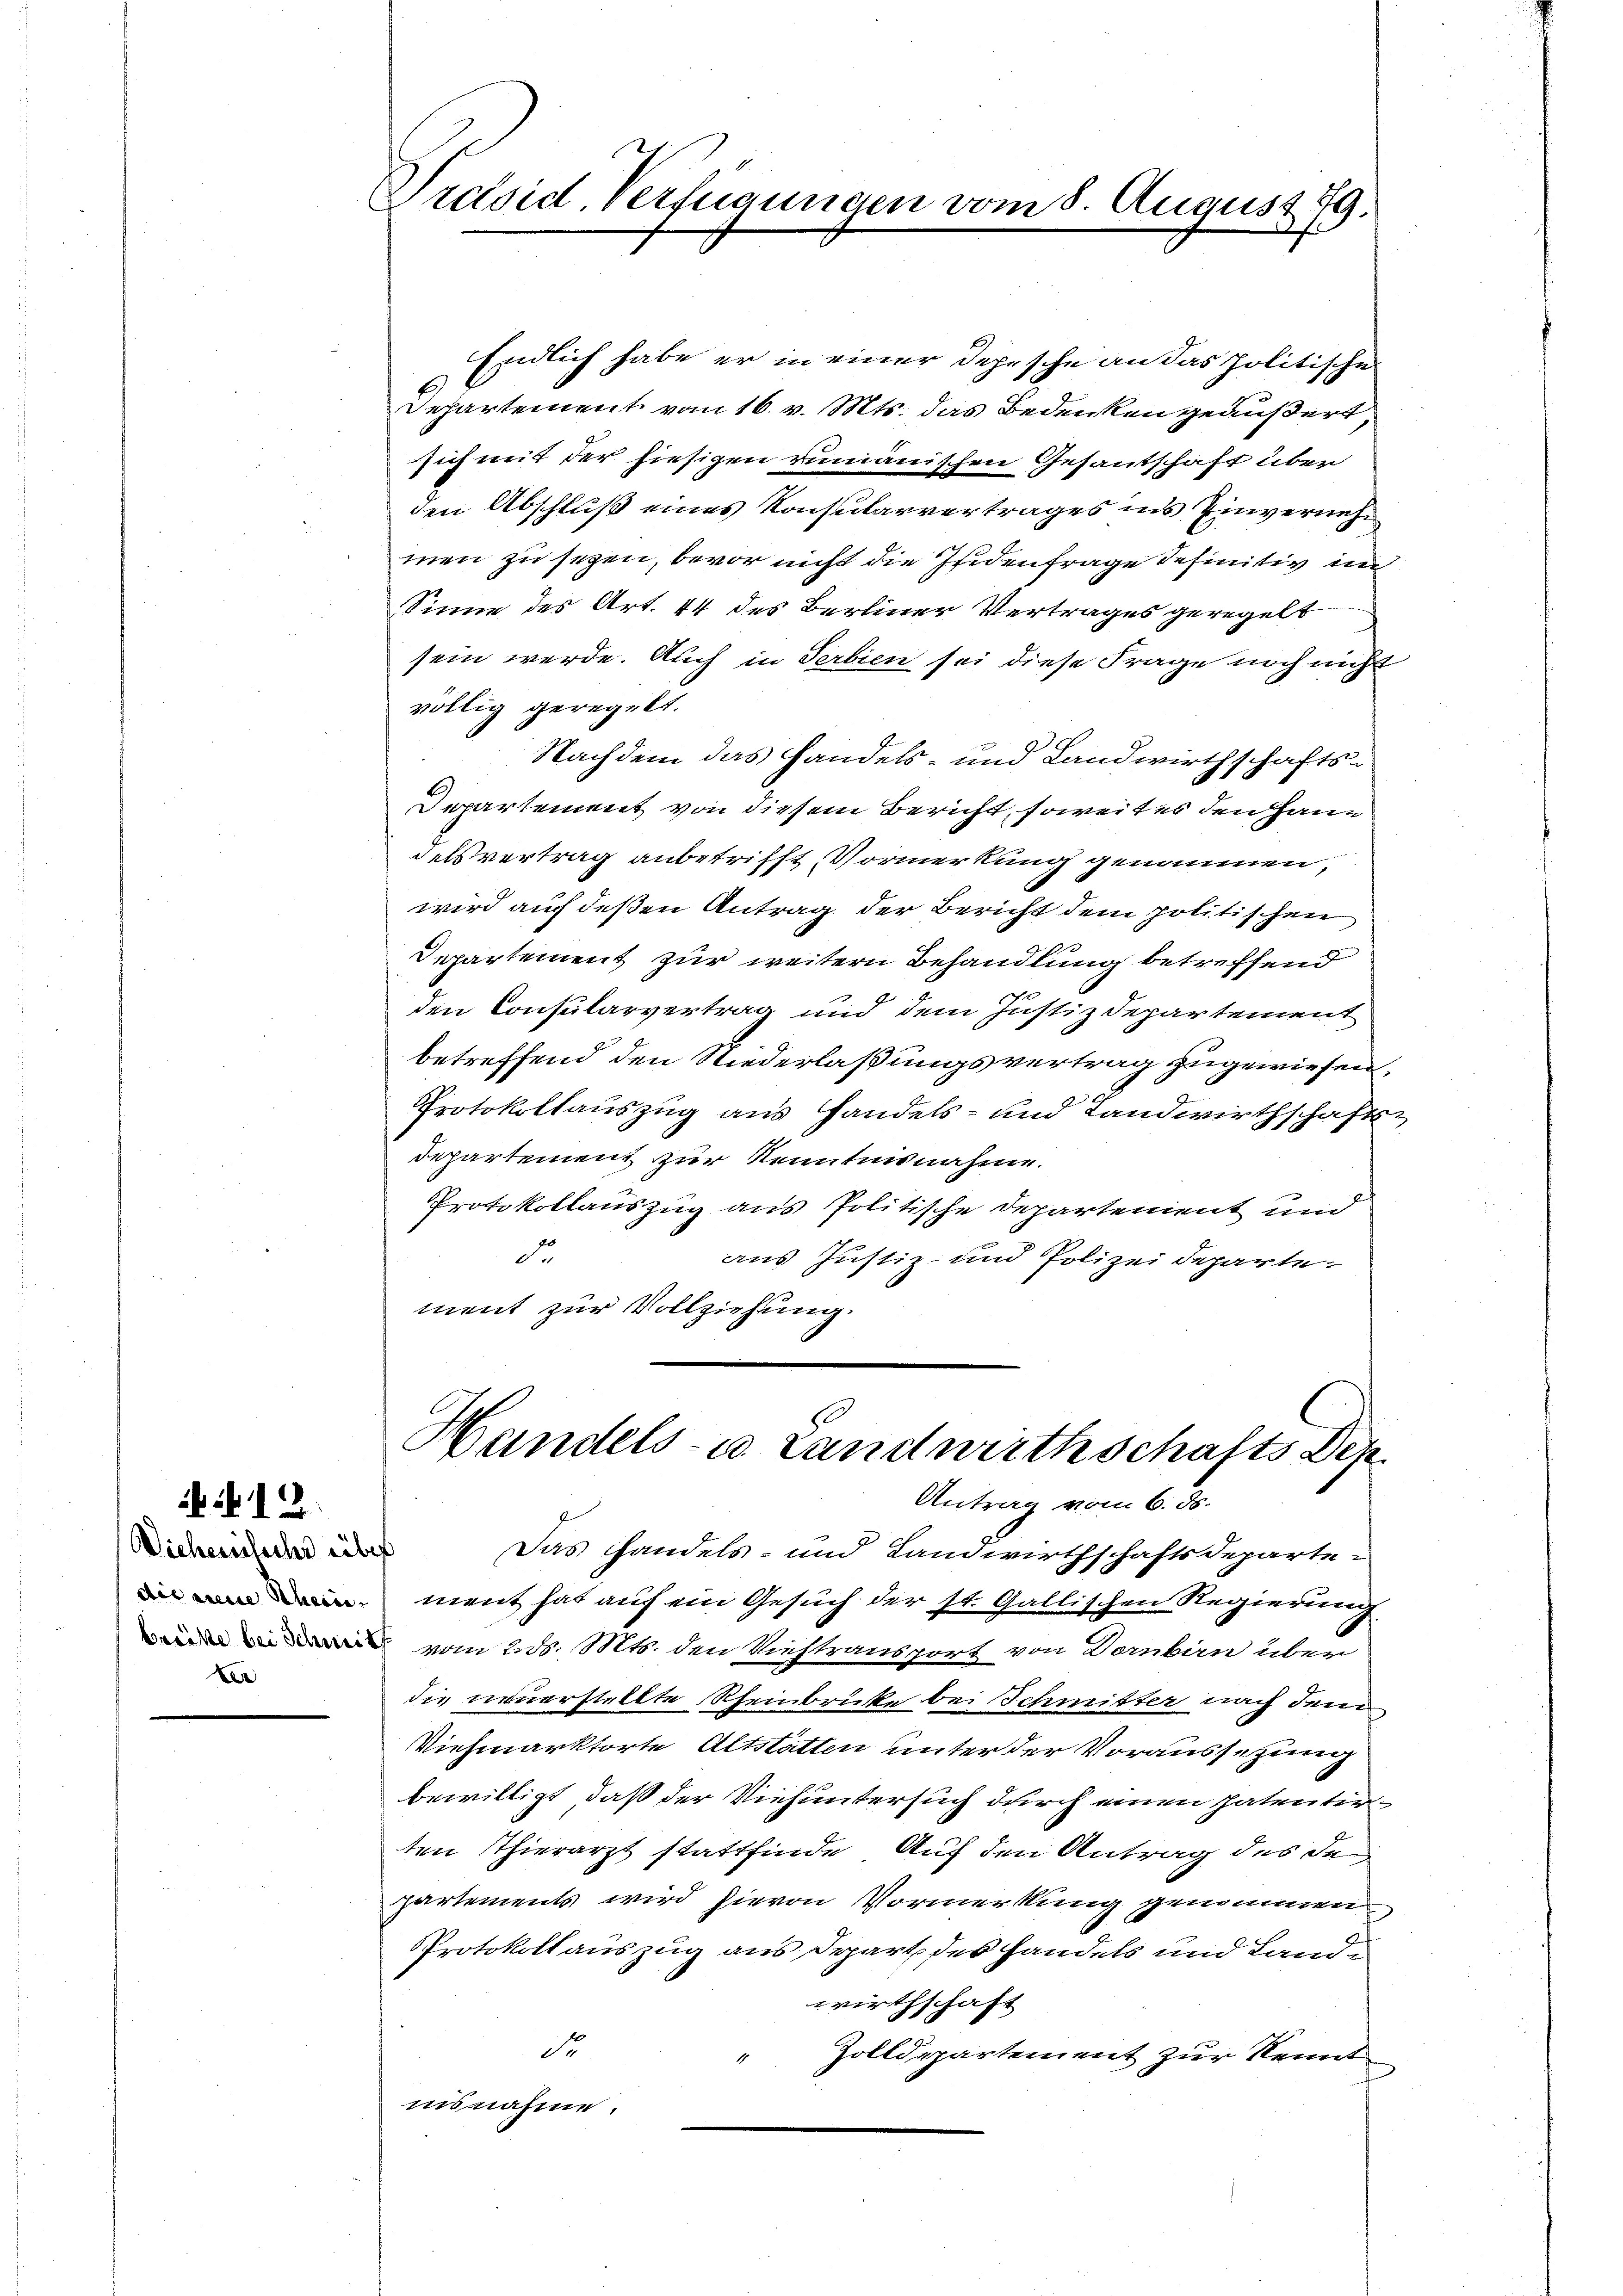
12

Dichereisschi liber
e

Präsid. Verfügungen vom 8. August 89.
f

Endlich habe er in einer Depesche an das politische
Departement vom 16. v. Mts. das Bedenken geäußert,
sich mit der hiesigen rumänischen Gesantschaft über
den Abschluß eines Konsularvertrages ins Einvernehm
men zu sezen, bevor nicht die Gedenfrage definitiv in
Sinne des Art. 44 des Berliner Vertrages geregelt
sein werde. Auch in Serbien sei diese Frage noch nicht
völlig geregelt.
Nachdem das Handels- und Landwirthschafts¬
Departement von diesem Bericht, soweit es den Haue
delsvertrag anbetrifft Vormerkung genommen,
wird auch deßen Antrag der Bericht dem politischen
Departement zur weitern Behandlung betreffend
den Consularvertrag und dem Justizdepartement
betreffend den Niederlaßungsvertrag zugewiesen.
Protokollauszug aus Handels- und Landwirthschaftsdepartement zur Kenntnisnahme.
Protokollauszug aus Politische Departement und
d
aus Justiz- und Polizeideparte.
ment zur Vollziehung.

80
Handels- u Landwirthschafts Dep
Antrag vom 6. ds.

Das Handels- und Landwirthschaftsdeparte
ment hat auf ein Gesuch der st. Gallischen Regierung
 vom 23. Mts. den Viestransport von Dernbau über
die neuerstellte Rheinbrücke bei Schmitter nach den
Viehmarktorte Altstätten unter der Voraussetzung
bewilligt, daß der Viehuntersuch durch einen Patentirten Thierarzt stattfinde Auf den Antrag des de
partements wird hievon Vormerkung genommen
Protokollauszug aus Depart des handels und Lande
wirthschaft
de
Zolldepartement zur Kennt
1
iisnahme.